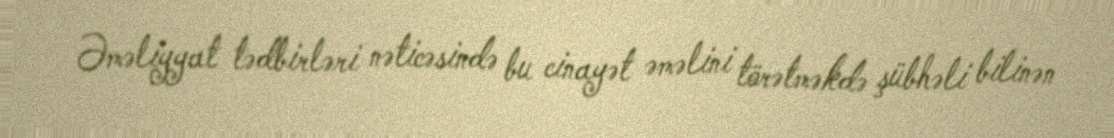
Əməliyyat tədbirləri nəticəsində bu cinayət əməlini törətməkdə şübhəli bilinən